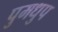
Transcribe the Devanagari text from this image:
पुमधुप